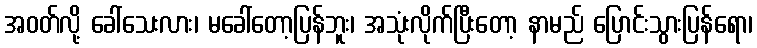
အဝတ်လို့ ခေါ်သေးလား၊ မခေါ်တော့ပြန်ဘူး၊ အသုံးလိုက်ပြီးတော့ နာမည် ပြောင်းသွားပြန်ရော၊